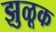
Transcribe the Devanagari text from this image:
झुळूक